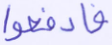
فادفعوا